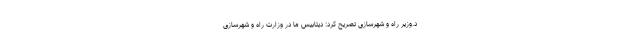
د.وزیر راه و شهرسازی تصریح کرد: دیتابیس ما در وزارت راه و شهرسازی